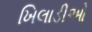
ખિલાડીઓ